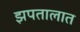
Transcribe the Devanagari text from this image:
झपतालात